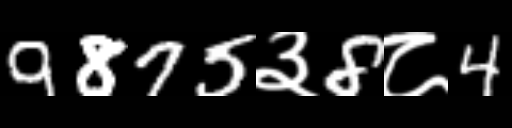
Text: 9875३8८4